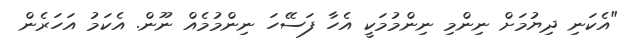
"އެކަނި ދިޔުމަށް ނިންމި ނިންމުމަކީ އެހާ ފަސޭހަ ނިންމުމެއް ނޫން. އެކަމު އަހަރެން